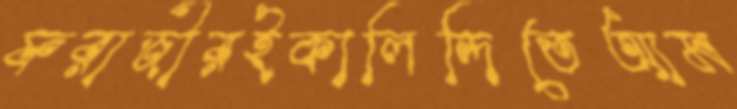
ফরাজীরইকালিন্দিতেআম